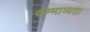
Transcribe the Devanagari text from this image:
सम्भाव्यतः